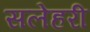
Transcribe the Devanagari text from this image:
सलेहरी